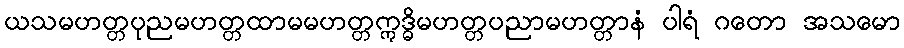
ယသမဟတ္တပုညမဟတ္တထာမမဟတ္တဣဒ္ဓိမဟတ္တပညာမဟတ္တာနံ ပါရံ ဂတော အသမော